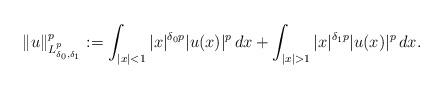
LaTeX: \begin{align*}\begin{aligned}\|u\|^p_{L^p_{\delta_0,\delta_1}}:=\int_{|x|<1} |x|^{\delta_0 p}|u(x)|^p\,dx+\int_{|x|>1} |x|^{\delta_1 p}|u(x)|^p\,dx.\end{aligned}\end{align*}